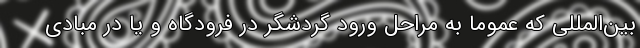
بین‌المللی که عموما به مراحل ورود گردشگر در فرودگاه و یا در مبادی